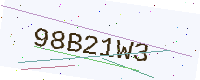
Text: 98B21W3